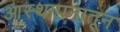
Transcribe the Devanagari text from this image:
आस्थापनातून